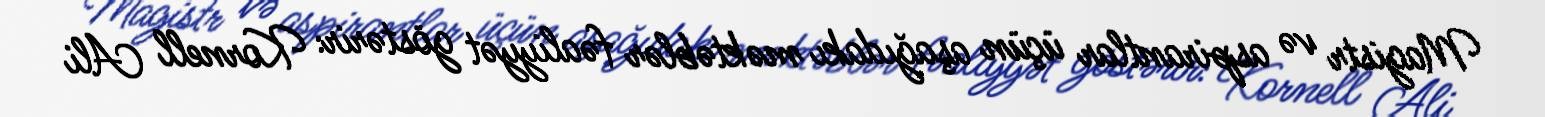
Magistr və aspirantlar üçün aşağıdakı məktəblər fəaliyyət göstərir: Kornell Ali